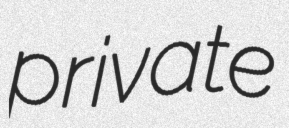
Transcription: private